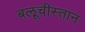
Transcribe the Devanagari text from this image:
बलूचीस्तान